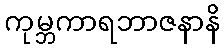
ကုမ္ဘကာရဘာဇနာနိ